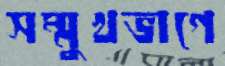
সম্মুখভাগে